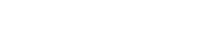
တစ်ယောက်ဖြစ်သော